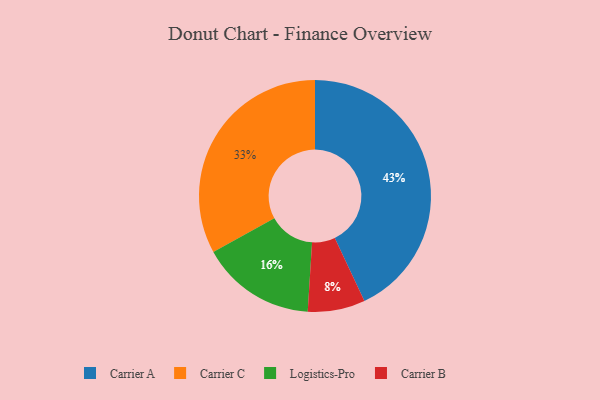
{"axis": {"x": "Category", "y": "Percentage"}, "legend": ["Carrier A", "Carrier B", "Carrier C", "Logistics-Pro"], "data": [{"x": "Carrier B", "y": 8, "type": "Carrier B"}, {"x": "Carrier C", "y": 33, "type": "Carrier C"}, {"x": "Carrier A", "y": 43, "type": "Carrier A"}, {"x": "Logistics-Pro", "y": 16, "type": "Logistics-Pro"}]}